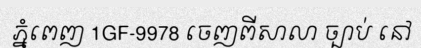
ភ្នំពេញ 1GF-9978 ចេញពីសាលា ច្បាប់ នៅ